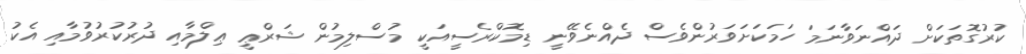
ކުރުގޮތަކަށް ދައްނަވާނަމަ ހަމަކަށަވަރުންވެސް ދެއްނެވޭނީ ޑިމޮކްރެސީއަކީ މުސްލިމުން ޝަރްޢީ ޢިލްމާއި ދުރުކުރުވުމާއި އެކު